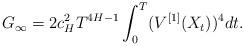
LaTeX: \begin{align*} G_\infty =2 c_H^2 T ^{4H-1}\int^T_0 (V^{[1]}(X_{t}))^4 dt.\end{align*}